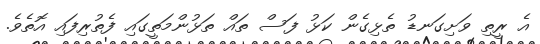
އެ ރީތި ވަށިގަނޑު ތެޅިގެން ކަޅު ފަސް ތައް ތަޅުންމަތީގައި ފެތުރިފައި އޮތެވެ.